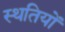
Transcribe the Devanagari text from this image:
स्थतियों